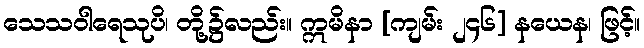
သေသဝါရေသုပိ၊ တို့၌လည်း။ ဣမိနာ [ကျမ်း ၂၄၆] နယေန၊ ဖြင့်။